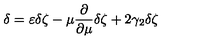
\delta = \varepsilon \delta \zeta - \mu \frac { \partial } { \partial \mu } \delta \zeta + 2 \gamma _ { 2 } \delta \zeta